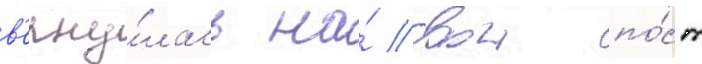
в'ерну́лась на́ свои по́ст